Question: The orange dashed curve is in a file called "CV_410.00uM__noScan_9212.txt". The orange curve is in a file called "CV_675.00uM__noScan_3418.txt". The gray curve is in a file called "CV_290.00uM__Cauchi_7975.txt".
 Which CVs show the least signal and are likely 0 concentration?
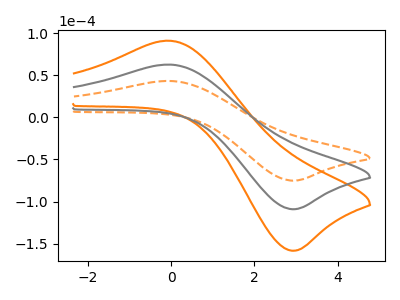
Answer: <think>The orange dashed curve "410.00uM" has an anodic peak at (0.00V, 43.15uA) and a cathodic peak at (2.90V, -75.10uA). The orange curve "675.00uM" has an anodic peak at (0.00V, 125.25uA) and a cathodic peak at (2.90V, -218.00uA). The gray curve "290.00uM" has an anodic peak at (0.00V, 62.60uA) and a cathodic peak at (2.90V, -109.00uA).</think>
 <answer>There are not any CV's on this graph that are likely to be blanks.</answer>
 <eval>none</eval>